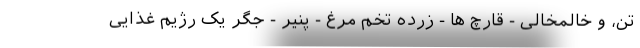
تن، و خالمخالی - قارچ ها - زرده تخم مرغ - پنیر - جگر یک رژیم غذایی